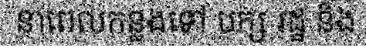
នាពេលកន្លងទៅ បក្ស រដ្ឋ និង